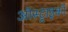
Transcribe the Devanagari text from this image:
ऑस्ट्राइको